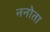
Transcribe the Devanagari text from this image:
ननोता